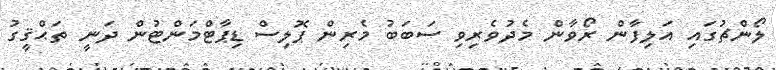
ލޯންޗުގައި އަލިފާން ރޯވާން މެދުވެރިވި ސަބަބު މެރިން ޕޮލިސް ޑިޕާޓްމަންޓުން ދަނީ ތަޙްޤީގު